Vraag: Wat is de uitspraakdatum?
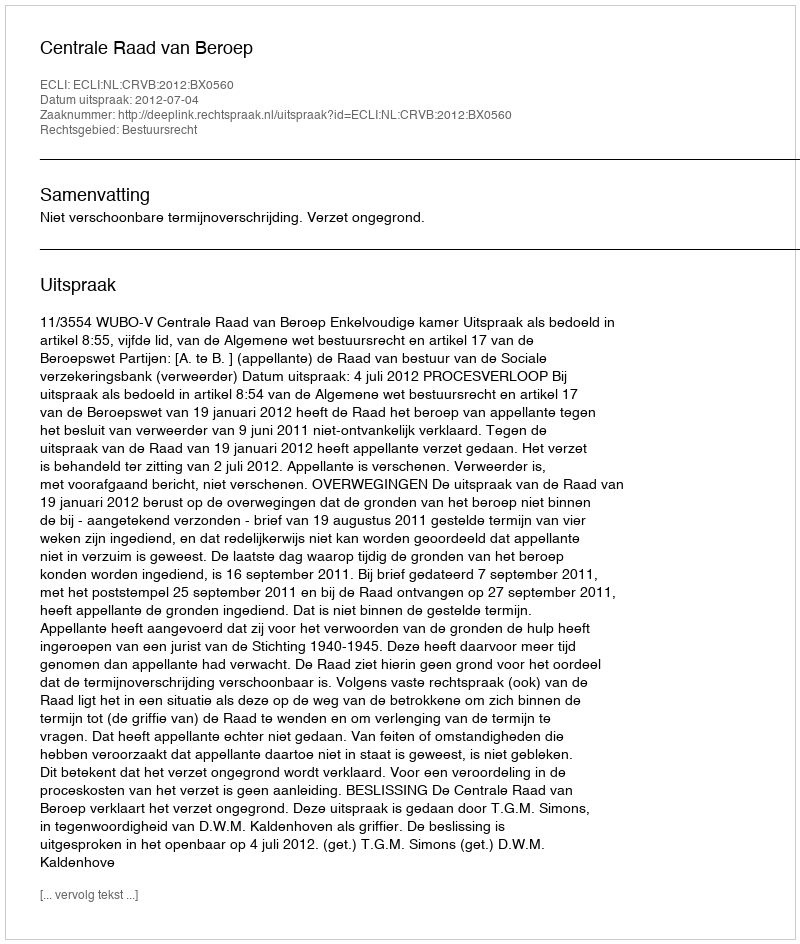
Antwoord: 2012-07-04